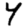
Digit: 4